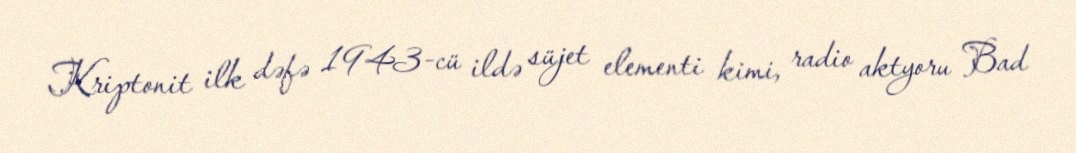
Kriptonit ilk dəfə 1943-cü ildə süjet elementi kimi, radio aktyoru Bad